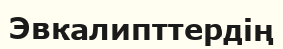
Эвкалипттердің